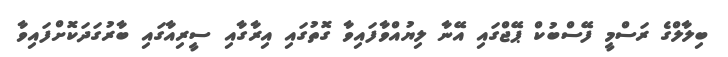
ބިލާލްގެ ރަސްމީ ފޭސްބުކް ޕޭޖްގައި އޭނާ ލިޔުއްވާފައިވާ ގޮތުގައި އިރާގާއި ސީރިއާގައި ބާރުގަދަކޮށްފައިވާ